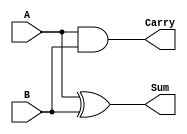
module half_adder (
    input wire A,           // First input
    input wire B,           // Second input
    output wire Sum,        // Sum output
    output wire Carry       // Carry output
);
    assign Sum = A ^ B;     // Sum is A XOR B
    assign Carry = A & B;   // Carry is A AND B
endmodule